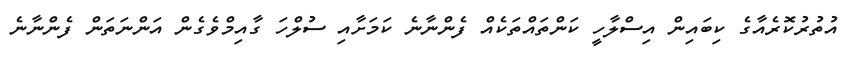
އުތުރުކޮރެއާގެ ކިބައިން އިސްލާހީ ކަންތައްތަކެއް ފެންނާނެ ކަމަށާއި ސުލްހަ ގާއިމްވެގެން އަންނަތަން ފެންނާނެ